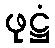
ဖုဋ္ဌံ